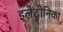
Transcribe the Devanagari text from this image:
इलेट्रोनिका